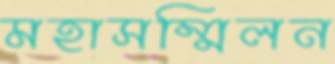
মহাসম্মিলন